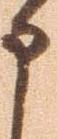
申